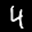
Label: 4